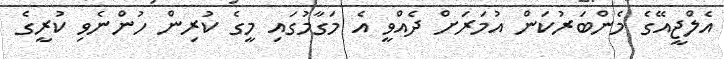
އެލްޖީއޭގެ މެންބަރުކަން އުމަރަށް ދެއްވީ އެ މަގާމުގައި މީގެ ކުރިން ހުންނެވި ކުރީގެ